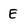
Character: E